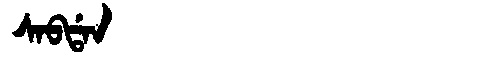
Manchu: ᠰᠠᠪᡩᠠᠨ
Romanization: SABDAN